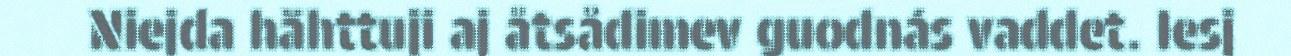
Niejda hähttuji aj åtsådimev guodnás vaddet. Iesj